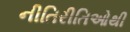
નીતિરીતિઓથી